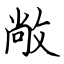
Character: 敞